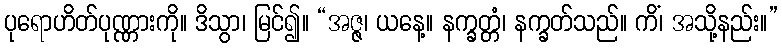
ပုရောဟိတ်ပုဏ္ဏားကို။ ဒိသွာ၊ မြင်၍။ “အဇ္ဇ၊ ယနေ့။ နက္ခတ္တံ၊ နက္ခတ်သည်။ ကိံ၊ အသို့နည်း။”